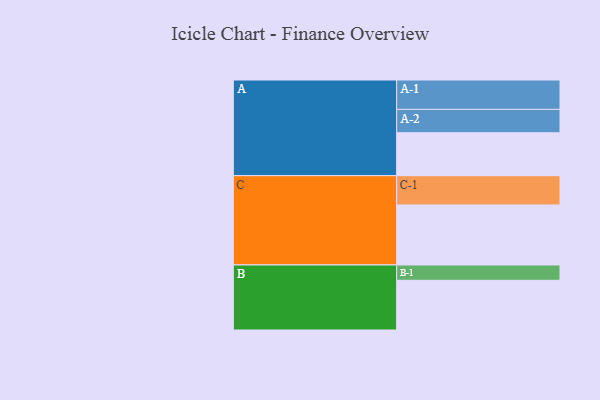
{"axis": {"x": "Segment", "y": "Value"}, "legend": ["", "A", "B", "C"], "data": [{"x": "A", "y": 342, "type": ""}, {"x": "B", "y": 396, "type": ""}, {"x": "C", "y": 478, "type": ""}, {"x": "A-1", "y": 234, "type": "A"}, {"x": "A-2", "y": 186, "type": "A"}, {"x": "B-1", "y": 122, "type": "B"}, {"x": "C-1", "y": 233, "type": "C"}]}